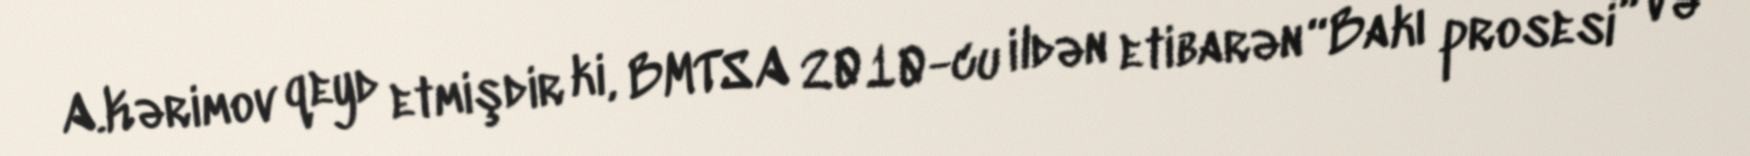
A.Kərimov qeyd etmişdir ki, BMTSA 2010-cu ildən etibarən “Bakı prosesi” və